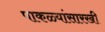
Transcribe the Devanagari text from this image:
पाकळ्यांसारखी